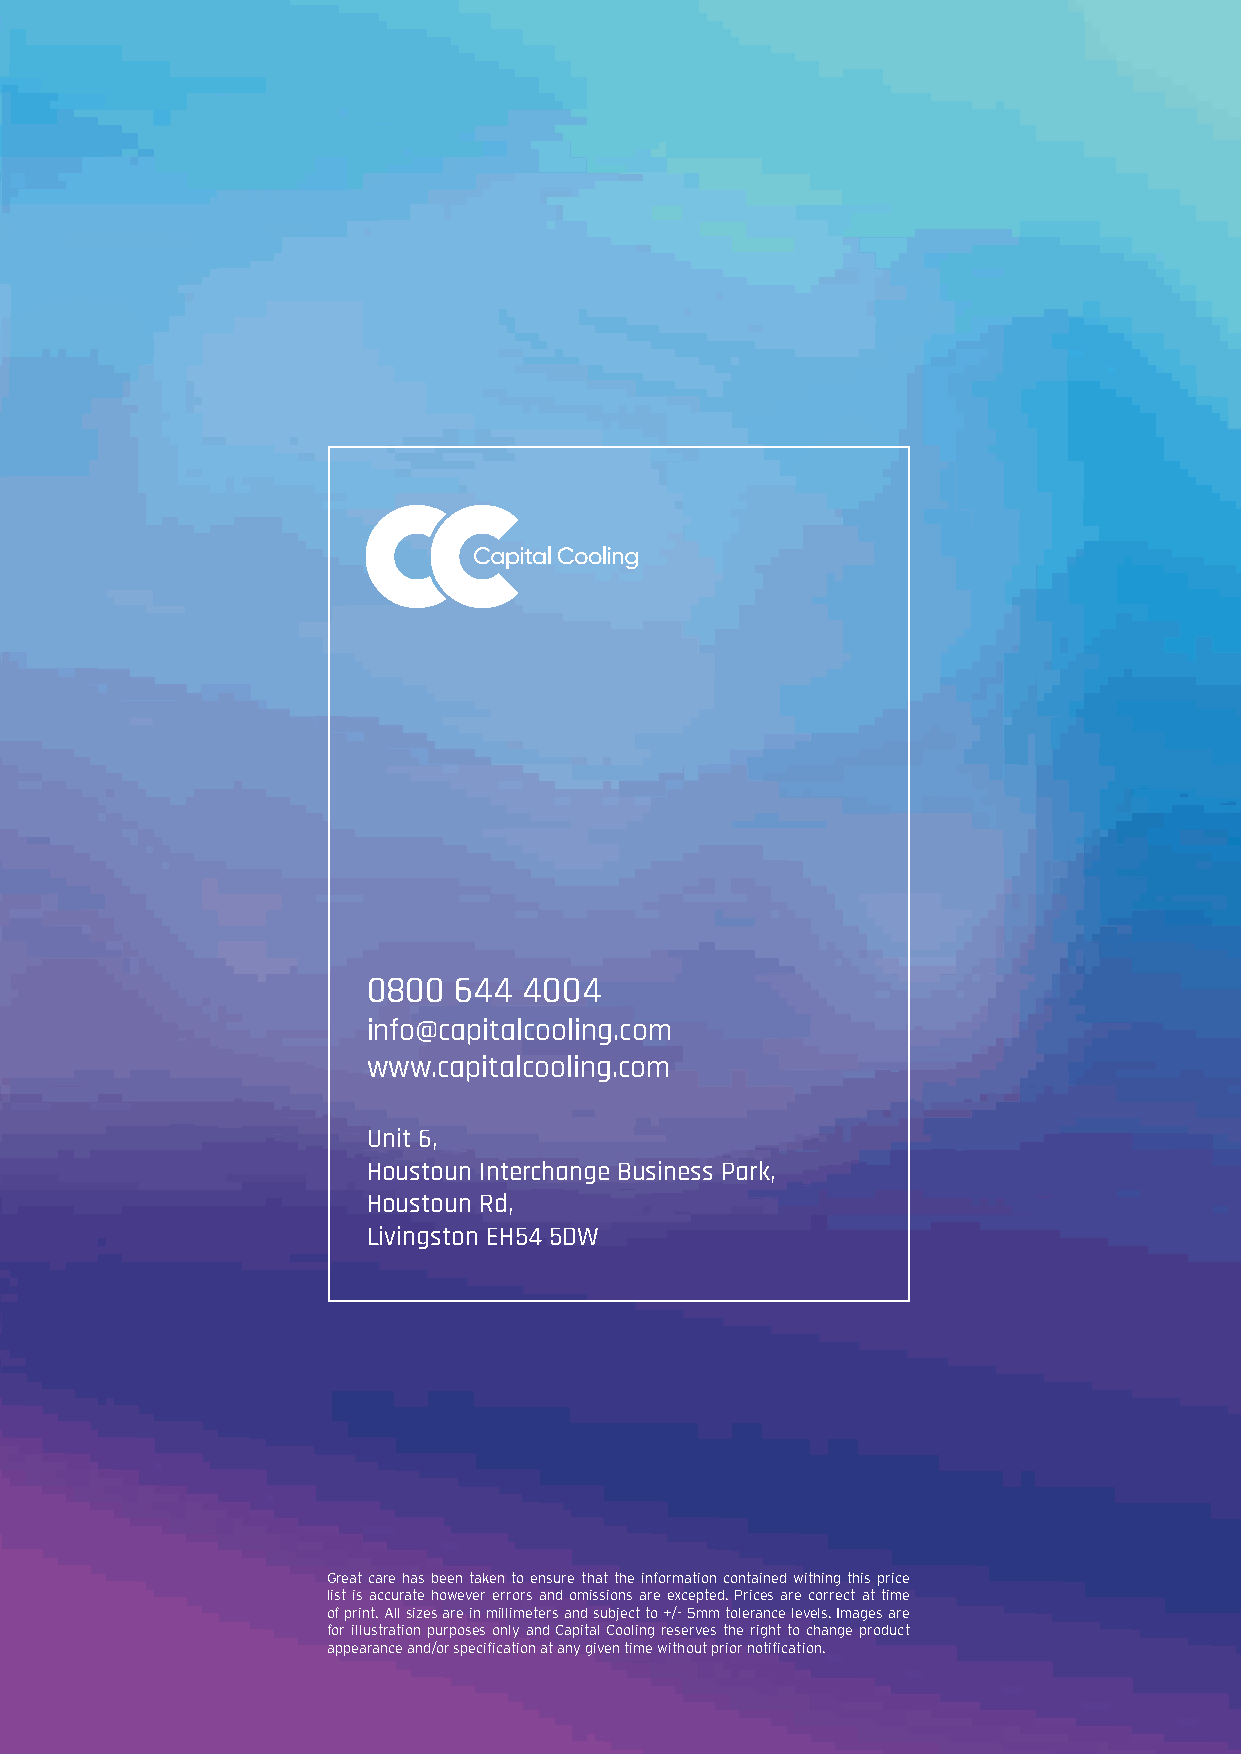
0800  644  4004
 info@capitalcooling.com
 www.capitalcooling.com
 Unit 6,
 Houstoun Interchange Business Park,
 Houstoun Rd,
 Livingston EH54 5DW
 Great care has been taken to ensure that the information contained withing this price
 list is accurate however errors and omissions are excepted. Prices are correct at time
 of print. All sizes are in millimeters and subject to +/- 5mm tolerance levels. Images are
 for illustration purposes only and Capital Cooling reserves the right to change product
 appearance and/or specification at any given time without prior notification.